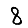
Digit: 8